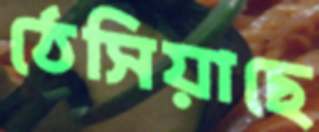
ঠেসিয়াছে